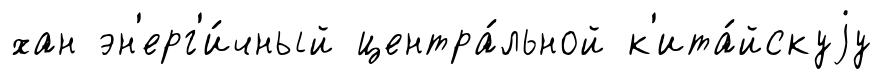
хан эн'ерг'и́чный центра́льной к'ита́йскуjу